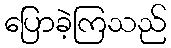
ပြောခဲ့ကြသည်